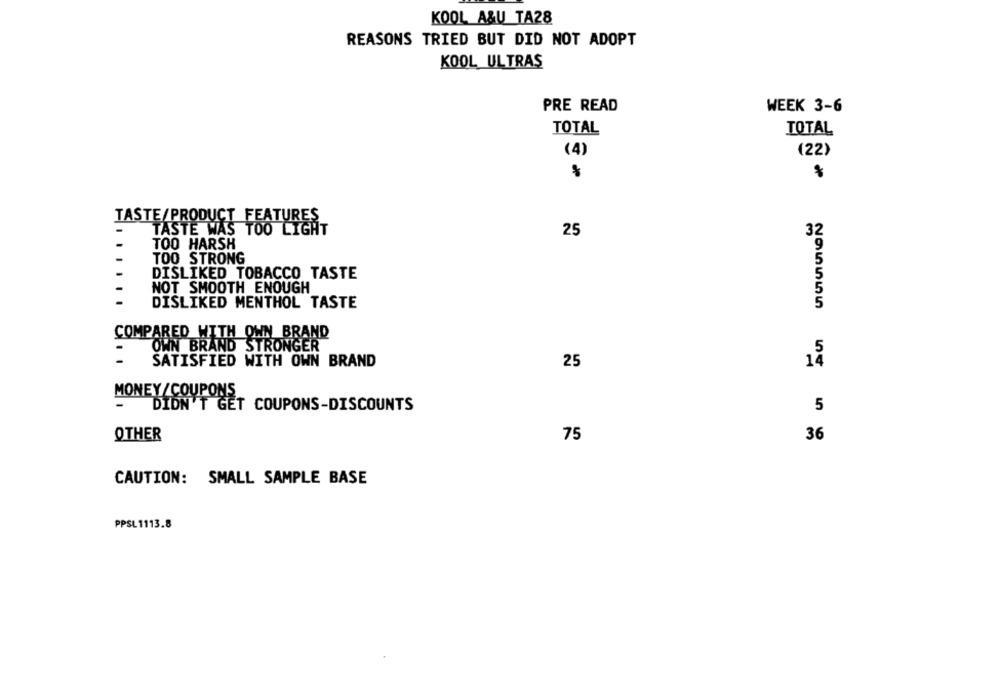
KOOL A&U TA28
REASONS TRIED BUT DID NOT ADOPT
KOOL ULTRAS
PRE READ
WEEK 3-6
TOTAL
TOTAL
(4)
(22)
TASTE/PRODUCT FEATURES
TASTE WAS TOO LIGHT
25
TOO HARSH
TOO STRONG
DISLIKED TOBACCO TASTE
NOT SMOOTH ENOUGH
DISLIKED MENTHOL TASTE
205555
COMPARED WITH OWN BRAND
OWN BRAND STRONGER
5
SATISFIED WITH OWN BRAND
25
14
MONEY/ COUPONS
-
DIDN'T GET COUPONS-DISCOUNTS
5
OTHER
75
36
CAUTION: SMALL SAMPLE BASE
PPSL1113.8